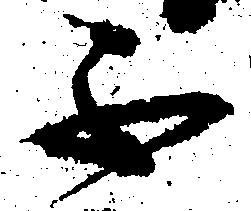
不